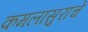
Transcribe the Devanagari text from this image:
कमलासुराचे